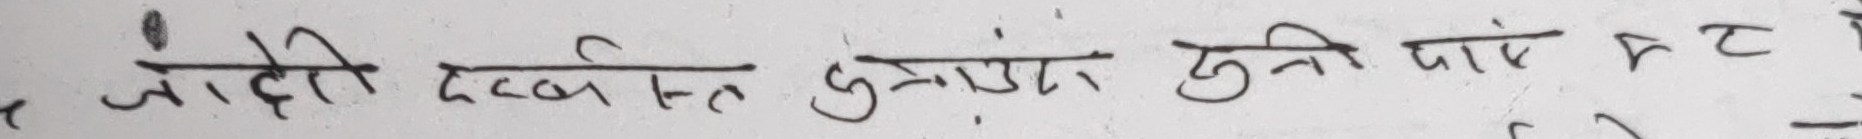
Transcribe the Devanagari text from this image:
जाँडी दखस्त गुनासो सुनी पारे र ट